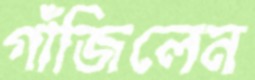
গাঁজিলেন